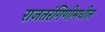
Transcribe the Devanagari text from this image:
राजतरंगिणीमधील